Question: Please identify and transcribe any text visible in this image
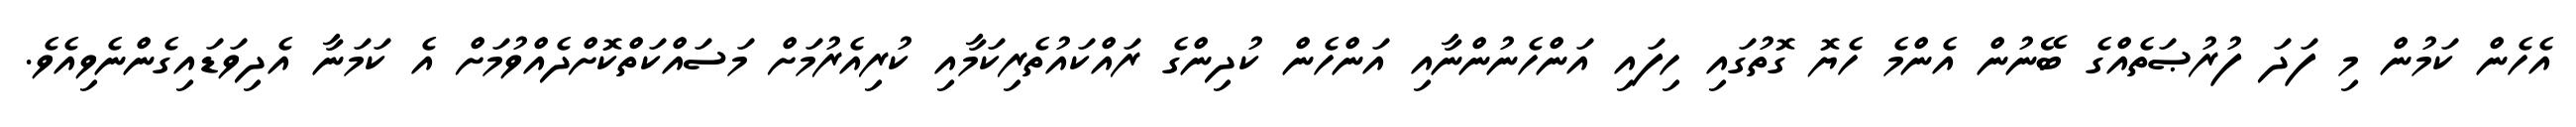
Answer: އެހެން ކަމުން މި ފަދަ ފުރުޞަތެއްގެ ބޭނުން އެންމެ ހެޔޮ ގޮތުގައި ހިފައި އަންހެނުންނާއި އަންހެން ކުދިންގެ ރައްކައުތެރިކަމާއި ކުރިއެރުމަށް މަސައްކަތްކޮށްދެއްވުމަށް އެ ކަމަނާ އެދިވަޑައިގެންނެވިއެވެ.